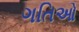
ગતિઓ